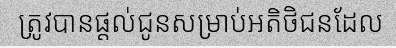
ត្រូវបានផ្តល់ជូនសម្រាប់អតិថិជនដែល